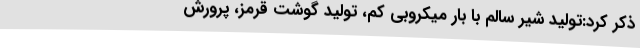
ذکر کرد:تولید شیر سالم با بار میکروبی کم، تولید گوشت قرمز، پرورش